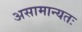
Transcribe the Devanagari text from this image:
असामान्यतः